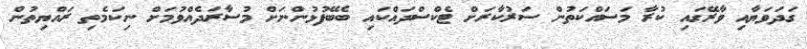
ގަދަވަޔާއި ވާރޭގައި ކުރާ މަސައްކަތުން ސަރުކާރަށް ޓެކްސްދައްކައި ބެބޭފުޅުންނަށް މުސާރަދެއްވުމަށް ނިކަމެތި ރައްޔިތުން